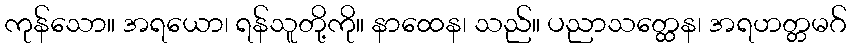
ကုန်သော။ အရယော၊ ရန်သူတို့ကို။ နာထေန၊ သည်။ ပညာသတ္ထေန၊ အရဟတ္တမဂ်